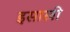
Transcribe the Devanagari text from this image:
इसाखी